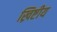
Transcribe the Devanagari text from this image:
ख्रिष्टीय